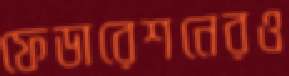
ফেডারেশনেরও